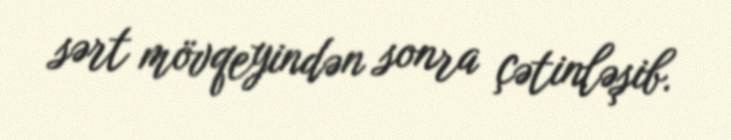
sərt mövqeyindən sonra çətinləşib.